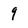
Character: 9